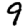
Digit: 9